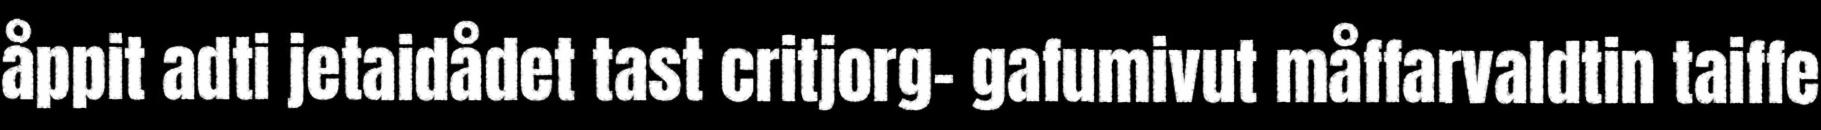
åppit adti jetaidådet tast critjorg- gafumivut måffarvaldtin taiffe